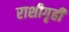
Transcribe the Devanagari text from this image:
राशीगृही